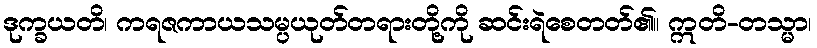
ဒုက္ခယတိ၊ ကရဇကာယသမ္ပယုတ်တရားတို့ကို ဆင်းရဲစေတတ်၏။ ဣတိ-တသ္မာ၊